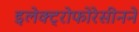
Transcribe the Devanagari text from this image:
इलेक्ट्रोफोरेसीनने